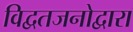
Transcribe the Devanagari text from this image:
विद्वतजनोद्वारा